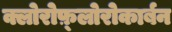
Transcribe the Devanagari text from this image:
क्लोरोफ़्लोरोकार्बन